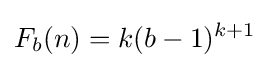
F_{b}(n)=k(b-1)^{k+1}